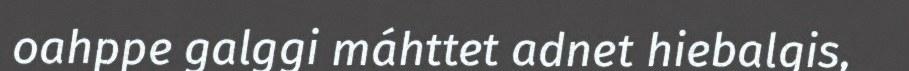
oahppe galggi máhttet adnet hiebalgis,